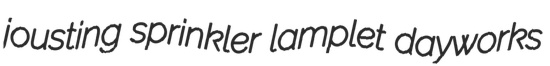
jousting sprinkler lamplet dayworks